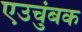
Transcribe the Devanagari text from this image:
एउचुंबक